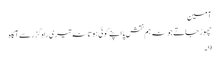
آمین
چھوڑ جاتے جو نہ ہم نقشِ پا اپنے کوئی ہوتا نہ تیری راہ گزر سے آگاہ
9۔